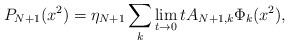
LaTeX: \begin{align*} P_{N+1}(x^2)=\eta_{N+1}\sum_k\lim_{t\to0} t A_{N+1,k}\Phi_{k}(x^2), \end{align*}